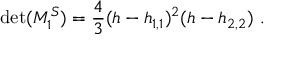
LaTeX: \operatorname * { d e t } ( { \cal M } _ { 1 } ^ { S } ) = { \frac { 4 } { 3 } } ( h - h _ { 1 , 1 } ) ^ { 2 } ( h - h _ { 2 , 2 } ) { } ~ .